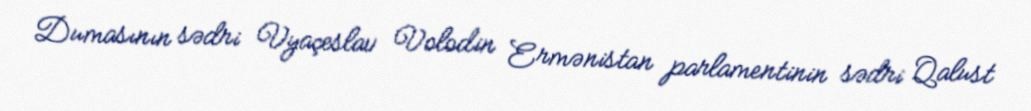
Dumasının sədri Vyaçeslav Volodin Ermənistan parlamentinin sədri Qalust